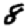
Digit: 8